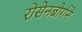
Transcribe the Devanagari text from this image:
रोसेनबोर्गने